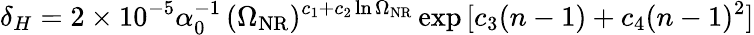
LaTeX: \delta_{H}=2\times 10^{-5}\alpha_{0}^{-1}\, (\Omega_{\mathrm{NR}})^{c_{1}+c_{2}\ln\Omega_{\mathrm{NR}}}\exp{[c_{3}(n-1)+c_{4}(n-1)^{2}]}